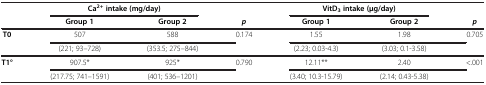
<table><thead><tr><td><b> </b></td><td colspan="2"><b>Ca<sup>2+</sup>intake (mg/day)</b></td><td><b> </b></td><td colspan="2"><b>VitD<sub>3</sub>intake (μg/day)</b></td><td><b> </b></td></tr><tr><td><b> </b></td><td><b>Group 1</b></td><td><b>Group 2</b></td><td><b><i>p</i></b></td><td><b>Group 1</b></td><td><b>Group 2</b></td><td><b><i>p</i></b></td></tr></thead><tbody><tr><td rowspan="2"><b>T0</b></td><td>507</td><td>588</td><td>0.174</td><td>1.55</td><td>1.98</td><td rowspan="2">0.705</td></tr><tr><td>(221; 93–728)</td><td>(353.5; 275–844)</td><td> </td><td>(2.23; 0.03-4.3)</td><td>(3.03; 0.1-3.58)</td></tr><tr><td rowspan="2"><b>T1°</b></td><td>907.5*</td><td>925*</td><td>0.790</td><td>12.11**</td><td>2.40</td><td rowspan="2">&lt;.001</td></tr><tr><td>(217.75; 741–1591)</td><td>(401; 536–1201)</td><td> </td><td>(3.40; 10.3-15.79)</td><td>(2.14; 0.43-5.38)</td></tr></tbody></table>